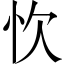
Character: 忺